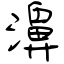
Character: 濞